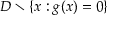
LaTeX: D \smallsetminus \{ x : g ( x ) = 0 \}